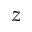
z